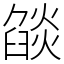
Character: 燄